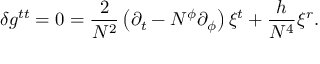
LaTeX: \delta g ^ { t t } = 0 = { \frac { 2 } { N ^ { 2 } } } \left( \partial _ { t } - N ^ { \phi } \partial _ { \phi } \right) \xi ^ { t } + { \frac { h } { N ^ { 4 } } } \xi ^ { r } .